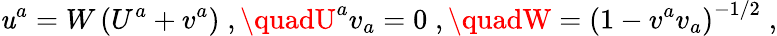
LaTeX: \mathit{u}^{a}=W\left(U^{a}+v^{a}\right)\; ,\quadU^{a}v_{a}=0\; ,\quadW=\left(1-v^{a}v_{a}\right)^{-1/2}\; ,